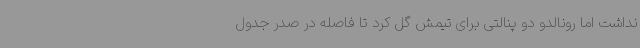
نداشت اما رونالدو دو پنالتی برای تیمش گل کرد تا فاصله در صدر جدول